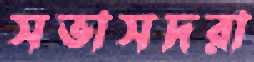
সভাসদরা